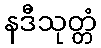
နဒီသုတ္တံ